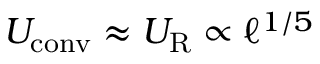
U _ { \mathrm { c o n v } } \approx U _ { \mathrm { R } } \propto \ell ^ { 1 / 5 }